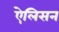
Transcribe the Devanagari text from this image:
ऐलिसन